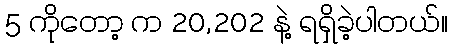
5 ကိုတော့ က 20,202 နဲ့ ရရှိခဲ့ပါတယ်။